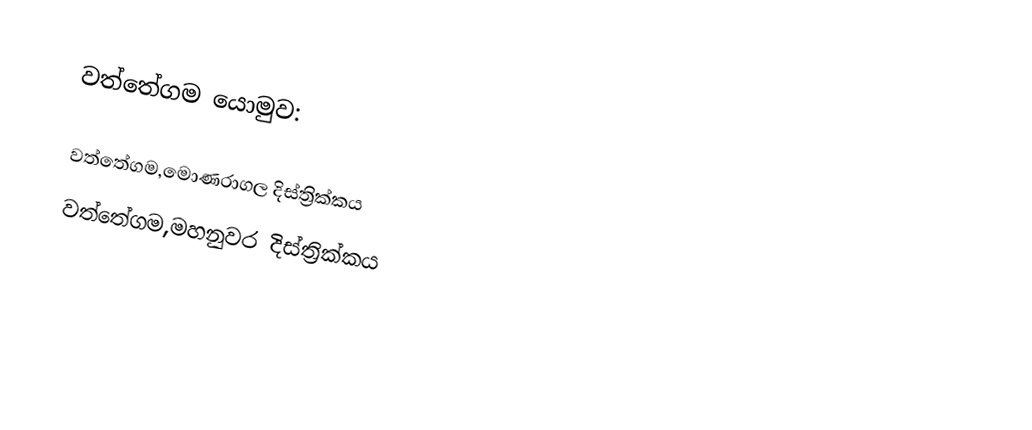
වත්තේගම යොමුව:

 වත්තේගම,මොණරාගල දිස්ත්‍රික්කය
 වත්තේගම,මහනුවර දිස්ත්‍රික්කය